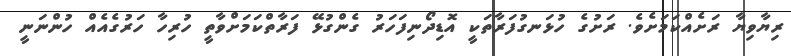
ރިޔާވިޔާ ރަށެއްކަމަށެވެ. ރަށުގެ ހުޅަނގުފަރާތަކީ އޮޑިދޯނިފަހަރު ގެންގުޅޭ ފަރާތްކަމަށްވާތީ ހުރިހާ ހަރުގެއެއް ހުންނަނީ